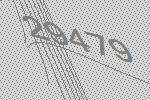
29479